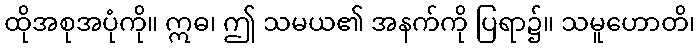
ထိုအစုအပုံကို။ ဣဓ၊ ဤ သမယ၏ အနက်ကို ပြရာ၌။ သမူဟောတိ၊